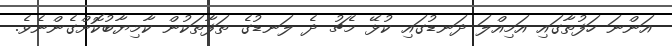
އަންނަ ހަފުތާގައި އަމިއްލަ ދަނޑުގައި ކުޅޭ މެޗު ދެ ލަނޑުގެ ތަފާތަކުން ކާމިޔާބުކޮށްގެންނެވެ.